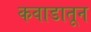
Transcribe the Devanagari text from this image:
कवाडातून